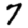
Digit: 7